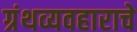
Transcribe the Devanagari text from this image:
ग्रंथव्यवहाराचे